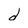
Character: d